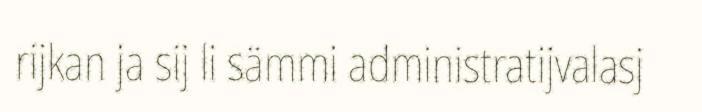
rijkan ja sij li sämmi administratijvalasj